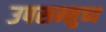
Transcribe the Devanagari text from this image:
उपसम्मुच्य